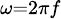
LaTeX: \scriptstyle{\omega=2\pi f}